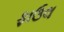
ફાઉલ